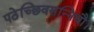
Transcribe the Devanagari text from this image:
पठेच्छिवसन्निधौ।